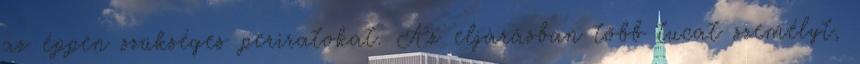
az éppen szükséges periratokat. Az eljárásban több tucat személyt,